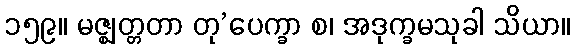
၁၅၉။ မဇ္ဈတ္တတာ တု’ပေက္ခာ စ၊ အဒုက္ခမသုခါ သိယာ။